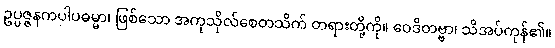
ဥပ္ပဇ္ဇနကပါပဓမ္မာ၊ ဖြစ်သော အကုသိုလ်စေတသိက် တရားတို့ကို။ ဝေဒိတဗ္ဗာ၊ သိအပ်ကုန်၏။